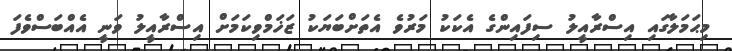
މިޙަމަލާގައި އިސްރާއީލު ސިފައިންގެ އެކަކު މަރުވެ އެތަށްބަޔަކު ޒަޚަމްވިކަމަށް އިސްރާއީލު ވަނީ އެއްބަސްވެފަ